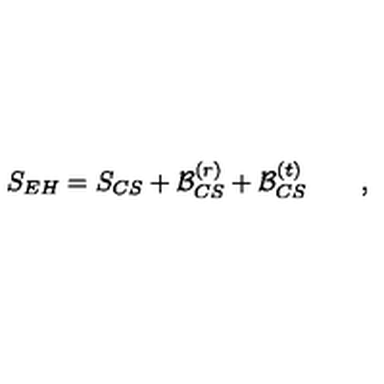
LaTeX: S _ { E H } = S _ { C S } + { \cal B } _ { C S } ^ { ( r ) } + { \cal B } _ { C S } ^ { ( t ) } \qquad ,